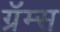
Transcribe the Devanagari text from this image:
ग्रॅम्स